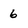
Character: 6